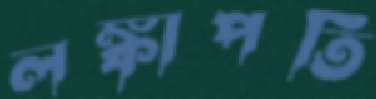
লঙ্কাপতি